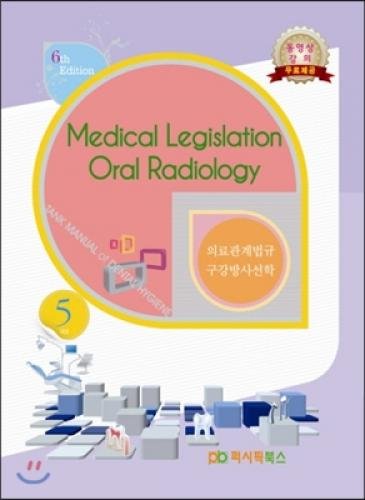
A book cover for Dental specialties 5 Oral Radiology Medical relations laws (Korean edition); unknown; Medical Books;